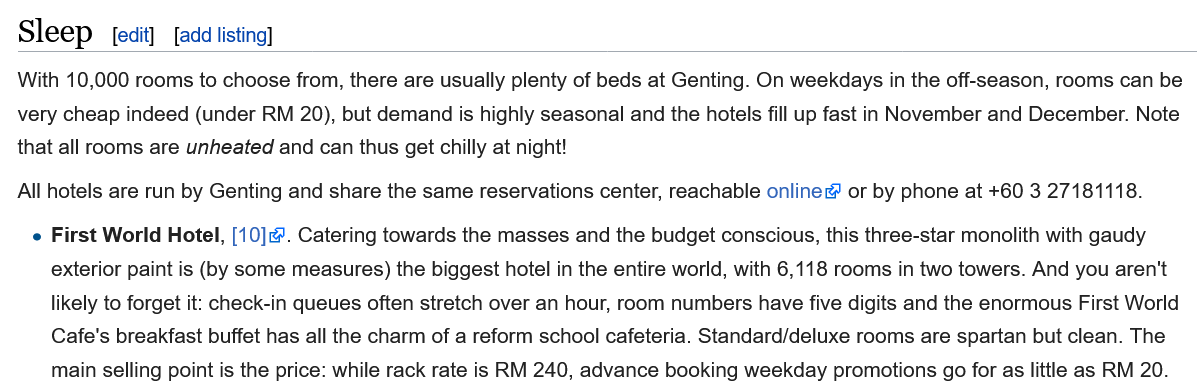
Sleep
  With 10,000 rooms to choose from, there are usually plenty of beds at Genting. On weekdays in the off-season, rooms can be
  very cheap indeed (under RM 20), but demand is highly seasonal and the hotels fill up fast in November and December. Note
  that all rooms are unheated and can thus get chilly at night!
  All hotels are run by Genting and share the same reservations center, reachable online@ or by phone at +60 3 27181118.
    e First World Hotel, [10]. Catering towards the masses and the budget conscious, this three-star monolith with gaudy
     exterior paint is (by some measures) the biggest hotel in the entire world, with 6,118 rooms in two towers. And you aren't
     likely to forget it: check-in queues often stretch over an hour, room numbers have five digits and the enormous First World
     Cafe's breakfast buffet has all the charm of a reform school cafeteria. Standard/deluxe rooms are spartan but clean. The
     main selling point is the price: while rack rate is RM 240, advance booking weekday promotions go for as little as RM 20.
     fadd listing] edit!